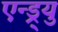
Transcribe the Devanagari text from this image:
एन्ड्र्यु